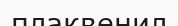
плаквенил